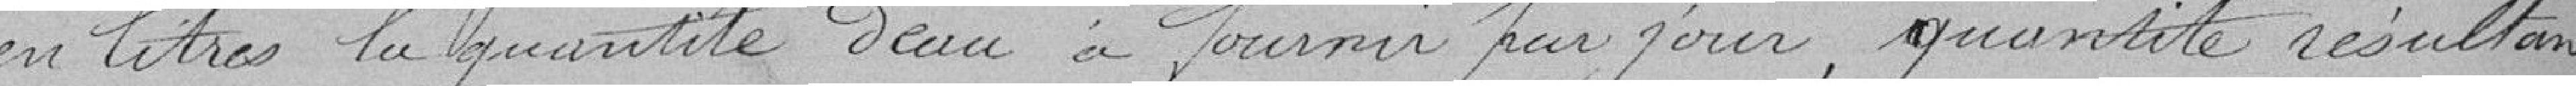
en litres la quantité d'eau à fournir par jour, quantité résultant